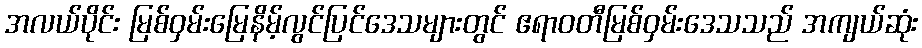
အလယ်ပိုင်း မြစ်ဝှမ်းမြေနိမ့်လွင်ပြင်ဒေသများတွင် ဧရာဝတီမြစ်ဝှမ်းဒေသသည် အကျယ်ဆုံး